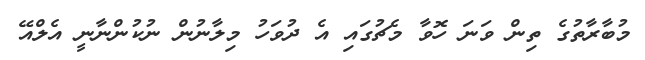
މުބާރާތުގެ ތިން ވަނަ ހޮވާ މެޗުގައި އެ ދުވަހު މިލާނުން ނުކުންނާނީ އެލްއޭ